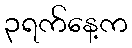
၃ရက်နေ့က